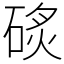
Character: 䂹